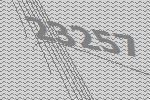
23257